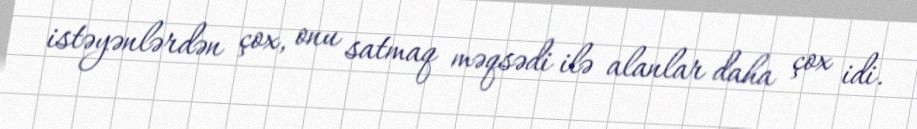
istəyənlərdən çox, onu satmaq məqsədi ilə alanlar daha çox idi.